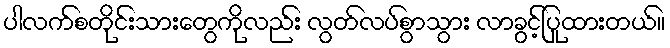
ပါလက်စတိုင်းသားတွေကိုလည်း လွတ်လပ်စွာသွား လာခွင့်ပြုထားတယ်။